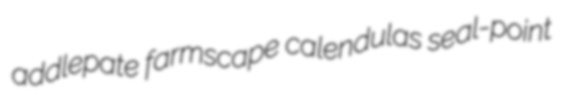
addlepate farmscape calendulas seal-point